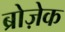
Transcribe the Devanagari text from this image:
ब्रोज़ेक